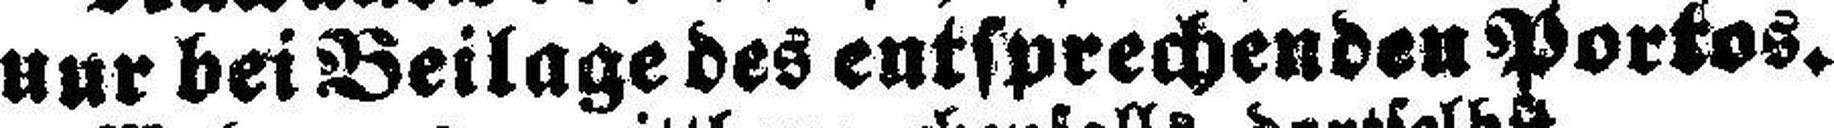
nur bei Beilage des entsprechenden Portos.